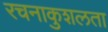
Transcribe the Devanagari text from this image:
रचनाकुशलता